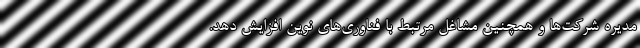
مدیره شرکت‌ها و همچنین مشاغل مرتبط با فناوری‌های نوین افزایش دهد.